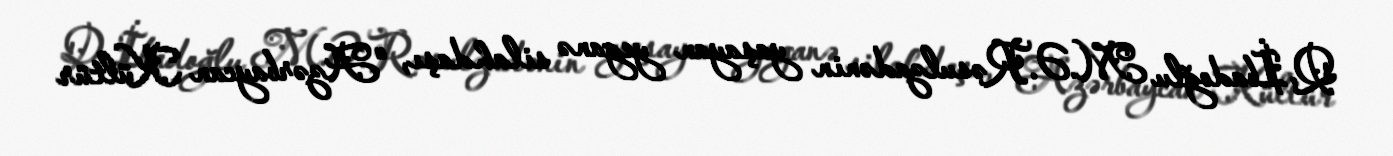
Q. İbadoğlu M.Ə.Rəsulzadənin yaşayan yeganə silahdaşı, “Azərbaycan Kültür